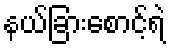
နယ်ခြားစောင့်ရဲ